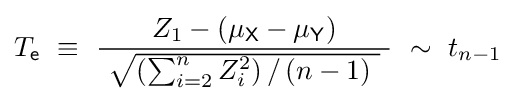
T_{\mathsf {e}}~\equiv ~{\frac {\ Z_{1}-\left(\mu _{\mathsf {X}}-\mu _{\mathsf {Y}}\right)\ }{\ {\sqrt {\left(\sum _{i=2}^{n}Z_{i}^{2}\right)/\left(n-1\right)\ }}\ }}~\sim ~t_{n-1}~